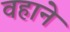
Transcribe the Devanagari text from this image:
वहाने